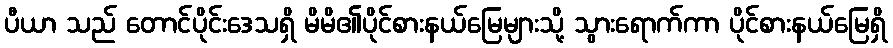
ပီယာ သည် တောင်ပိုင်းဒေသရှိ မိမိ၏ပိုင်စားနယ်မြေများသို့ သွားရောက်ကာ ပိုင်စားနယ်မြေရှိ